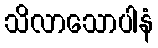
သိလာသောပါနံ